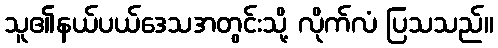
သူ၏နယ်ပယ်ဒေသအတွင်းသို့ လိုက်လံ ပြသသည်။